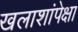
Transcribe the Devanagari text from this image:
खलाशांपेक्षा